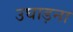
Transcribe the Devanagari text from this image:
उघाड़ना